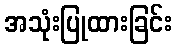
အသုံးပြုထားခြင်း